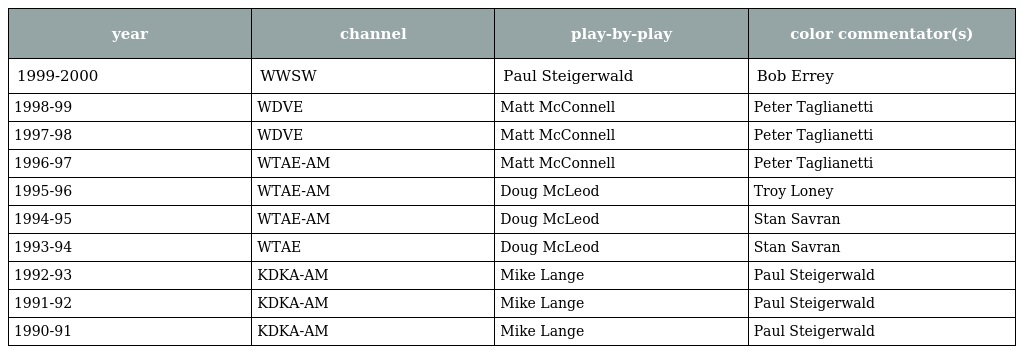
| year | channel | play-by-play | color commentator(s) |
 | --- | --- | --- | --- |
 | 1999-2000 | WWSW | Paul Steigerwald | Bob Errey |
 | 1998-99 | WDVE | Matt McConnell | Peter Taglianetti |
 | 1997-98 | WDVE | Matt McConnell | Peter Taglianetti |
 | 1996-97 | WTAE-AM | Matt McConnell | Peter Taglianetti |
 | 1995-96 | WTAE-AM | Doug McLeod | Troy Loney |
 | 1994-95 | WTAE-AM | Doug McLeod | Stan Savran |
 | 1993-94 | WTAE | Doug McLeod | Stan Savran |
 | 1992-93 | KDKA-AM | Mike Lange | Paul Steigerwald |
 | 1991-92 | KDKA-AM | Mike Lange | Paul Steigerwald |
 | 1990-91 | KDKA-AM | Mike Lange | Paul Steigerwald |